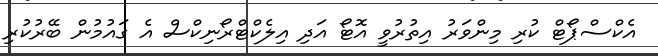
އެކްސްޕޯޓް ކުރި މިންވަރު އިތުރުވީ އޮޓޯ އަދި އިލެކްޓްރޯނިކްސް އެ ގައުމުން ބޭރުކުރި